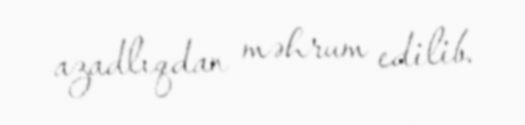
azadlıqdan məhrum edilib.